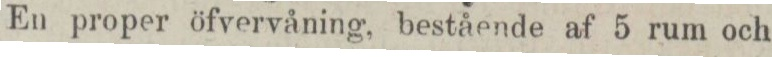
En proper öfvervåning, bestående af 5 rum och